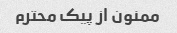
ممنون از پیک محترم